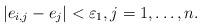
LaTeX: \begin{align*}|e_{i,j}-e_j|<\varepsilon_1, j = 1,\dots, n.\end{align*}